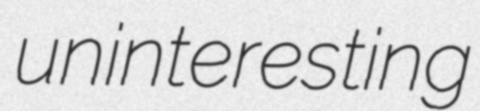
uninteresting